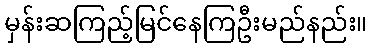
မှန်းဆကြည့်မြင်နေကြဦးမည်နည်း။